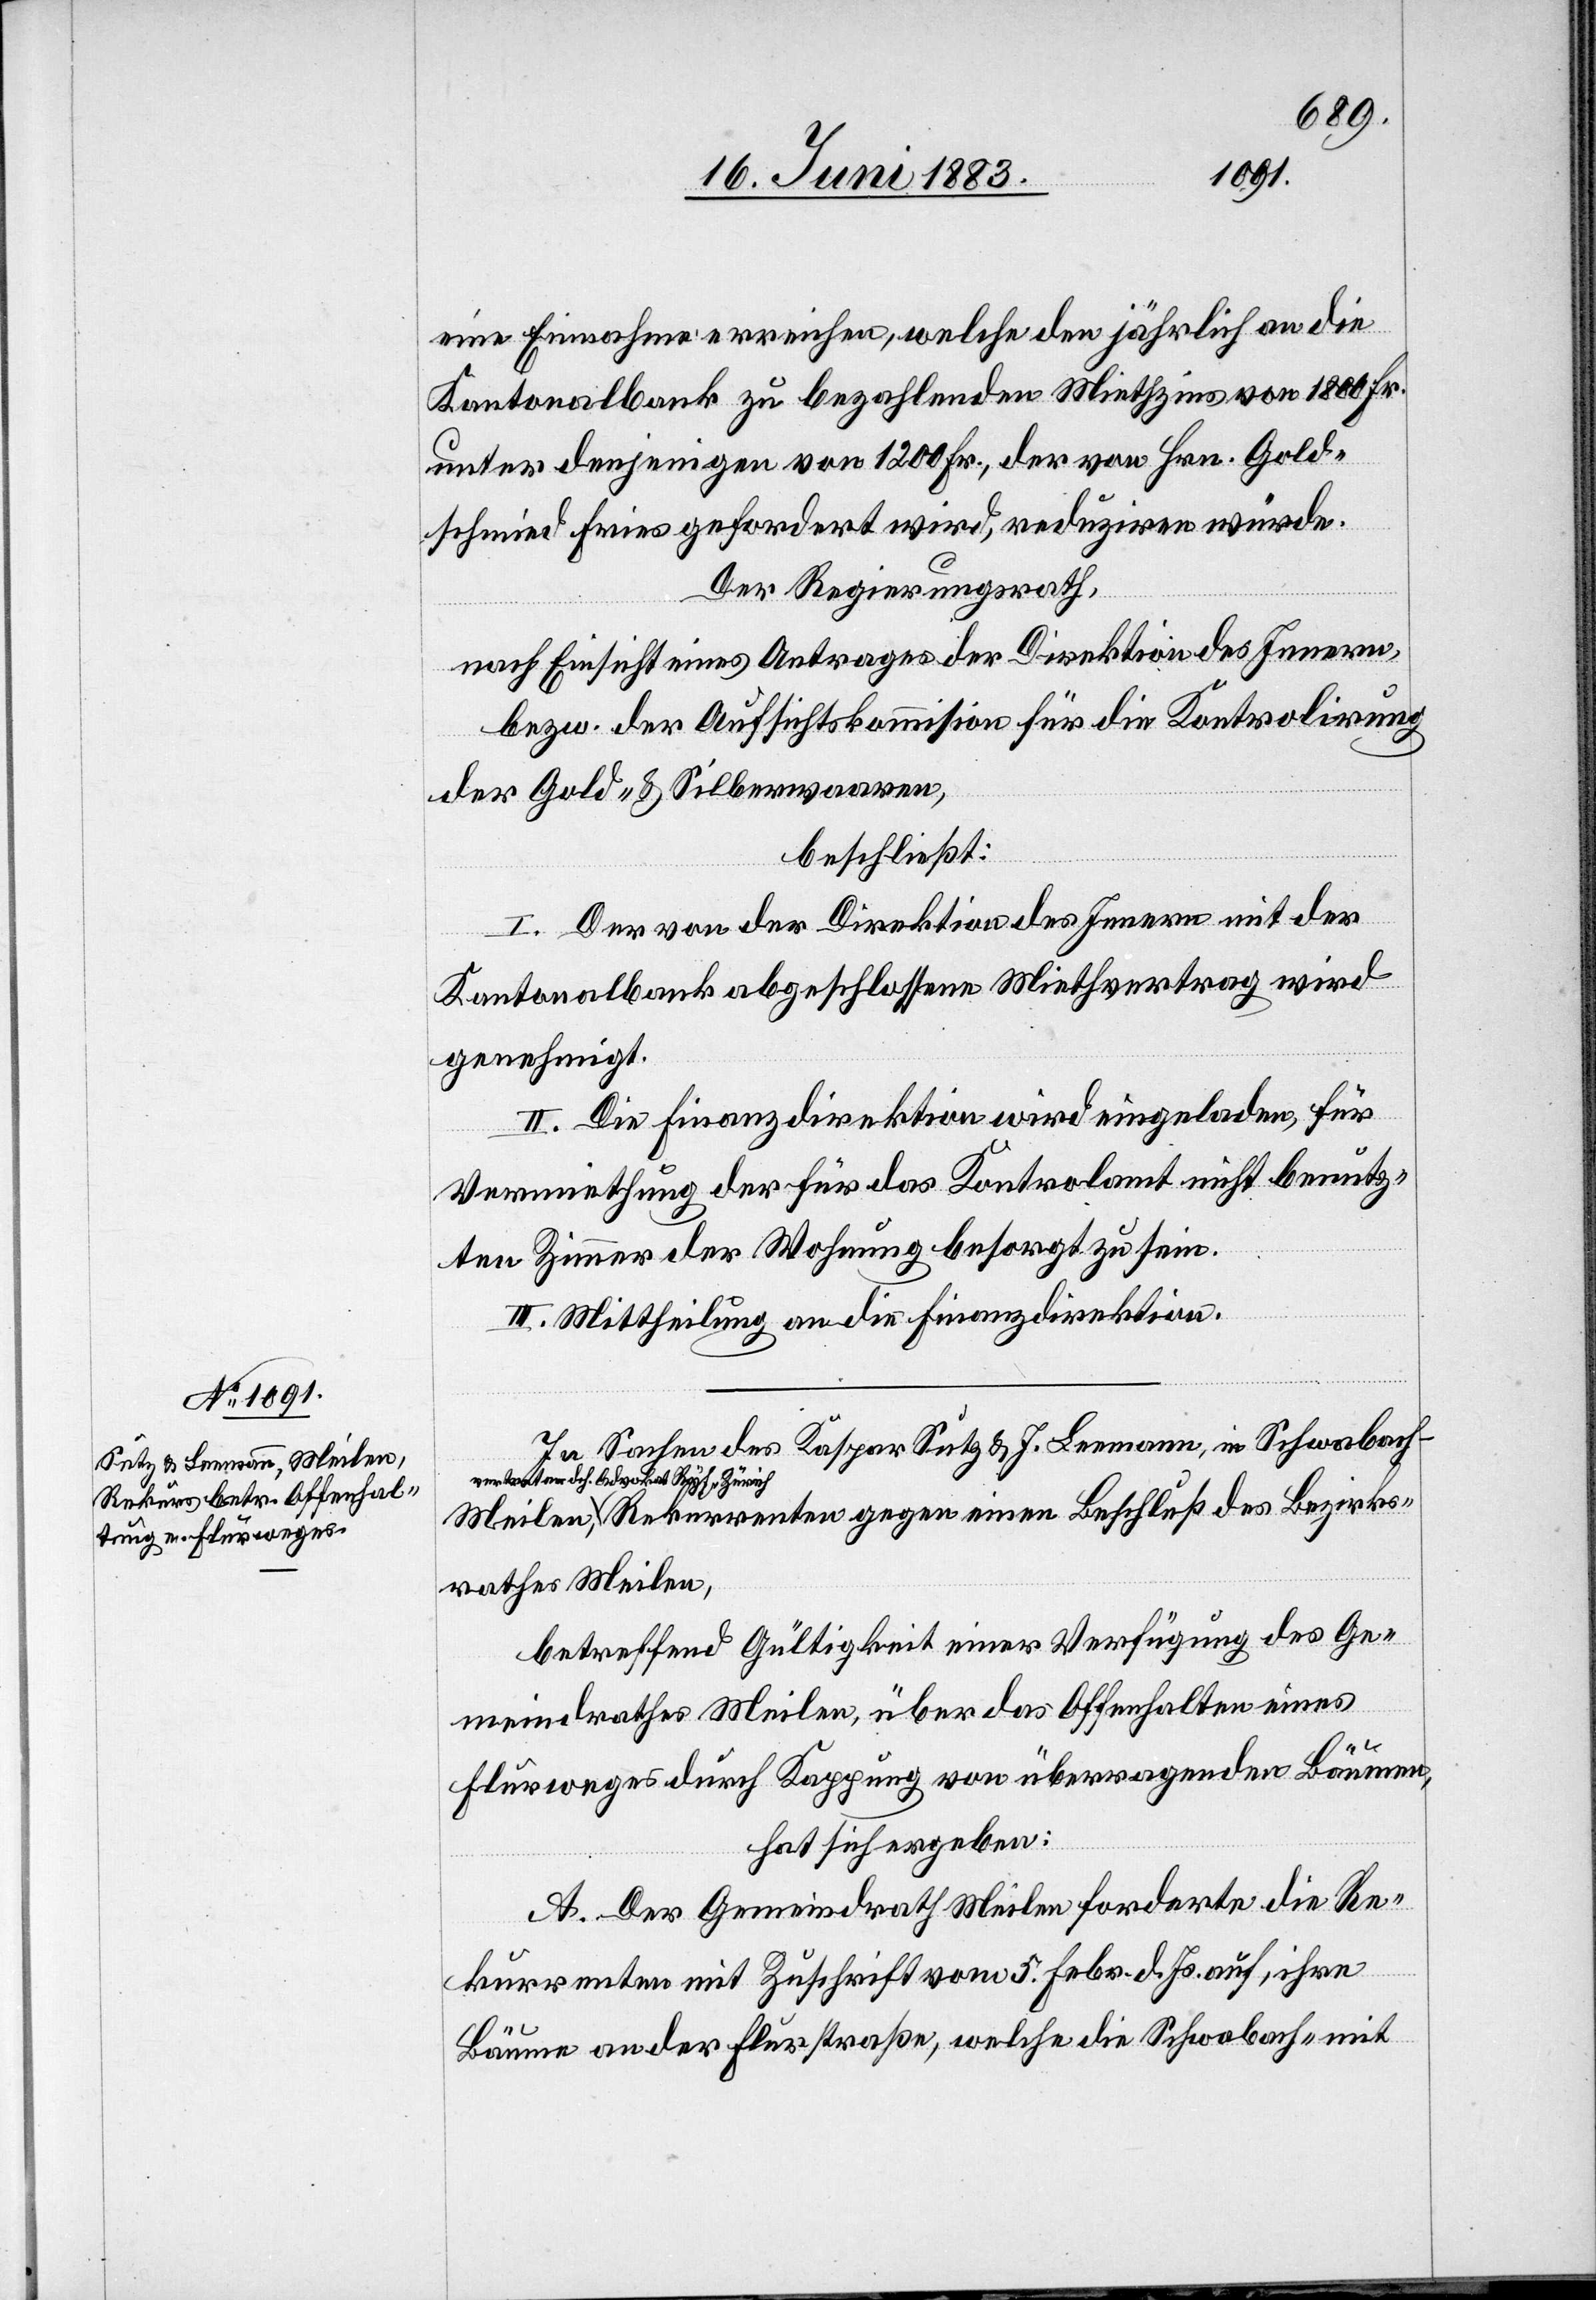
eine Einnahme erreichen, welche den jährlich an die
Kantonalbank zu bezahlenden Miethzins von 1800 Fr.
unter denjenigen von 1200 Fr., der von Hrn. Gold¬
schmid Fries gefordert wird, reduziren würde.
Der Regierungsrath,
nach Einsicht eines Antrages der Direktion des Innern,
bezw. der Aufsichtskommis[s]ion für die Kontrolirung
der Gold- & Silberwaaren,
beschließt:
I. Der von der Direktion des Innern mit der
Kantonalbank abgeschlossene Miethvertrag wird
genehmigt.
II. Die Finanzdirektion wird eingeladen, für
Vermiethung der für das Kontrolamt nicht benutz¬
ten Zimmer der Wohnung besorgt zu sein.
III. Mittheilung an die Finanzdirektion.
In Sachen des Kaspar Sutz & J. Leemann, in Schwabach
Rekurrenten gegen einen Beschluß des Bezirks¬
rathes Meilen,
betreffend Gültigkeit einer Verfügung des Ge¬
meindrathes Meilen, über das Offenhalten eines
Flurweges durch Kappung von überragenden Bäumen,
hat sich ergeben:
A. Der Gemeindrath Meilen forderte die Re¬
kurrenten mit Zuschrift vom 5. Febr. d. Js. auf, ihre
Bäume an der Flurstraße, welche die Schwabach- mit